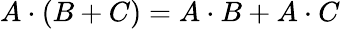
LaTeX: A\cdot(B+C)=A\cdot B+A\cdot C